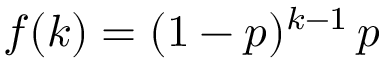
f ( k ) = ( 1 - p ) ^ { k - 1 } \, p